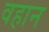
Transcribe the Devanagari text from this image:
वहान